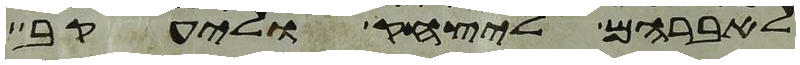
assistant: לאברהם ליצחק וליעקב